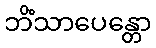
ဘိံသာပေန္တော